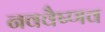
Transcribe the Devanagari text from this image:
नववैष्णव